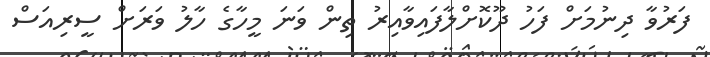
ފަރުވާ ދިނުމަށް ފަހު ދޫކޮށްލާފައިވާއިރު ތިން ވަނަ މީހާގެ ހާލު ވަރަށް ސީރިއަސް